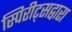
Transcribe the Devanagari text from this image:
स्पिरीट्सद्वारा